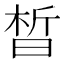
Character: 晳